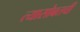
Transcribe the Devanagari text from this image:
त्यासोबतची